Morphology and life history of Herpetomonas culicis, Novy, MacNeal and Torrey - Number 57
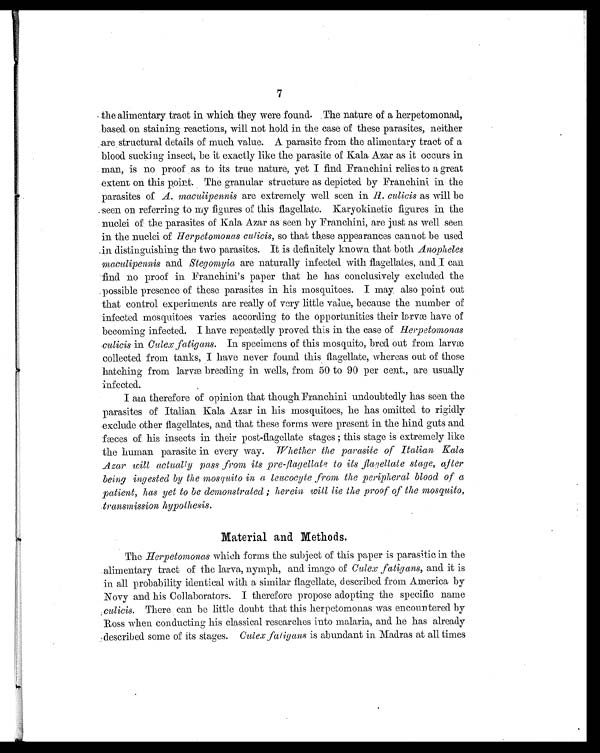
7
the alimentary, tract in which they were found. ,The nature of a herpetomonad,
based. on staining reactions, will not hold. in the case of these parasites, neither
are structural details of much value. A parasite from the alimentary tract of a
blood sucking insect, be it exactly like the parasite of Kala Azar as it occurs in
man, is no proof as to its true nature, yet I find Franchini relies to a great
extent on this point. The granular structure as depicted by Franchini in the
parasites of A. maculipennis are extremely well seen in H. culicis as will be
seen on referring to my figures of this flagellate. Karyokinetic figures in the
nuclei of the parasites of Kala Azar as seen by Franchini, are just as well seen
in the nuclei of Herpetomonas culicis, so that these appearances cannot be used.
in distinguishing the two parasites. It is definitely known that both Anopheles
maculipennis and Stegomyia are naturally infected with flagellates, and I can
find no proof in Franchini's paper that he has conclusively excluded the
possible presence of these parasites in his mosquitoes. I may, also point out
that control experiments are really of very little value, because the number of
infected mosquitoes varies according to the opportunities their larvae have of
becoming infected. I have repeatedly proved this in the case of H e r p e t o m o n a s
culicis in Culex fatigans.I n s p e c i m e n s o f t h i s m o s q u i t o , b r e d o u t f r o m l a r v æ
collected from tanks, I have never found this flagellate, whereas out of those
hatching from larvæ breeding in wells, from 50 to 90 per cent., are usually
infected.
I am therefore of opinion that though Franchini undoubtedly has seen the
parasites of Italian Kala Azar in his mosquitoes, he has omitted to rigidly
exclude other flagellates, and that these forms were present in the hind guts and
fæces of his insects in their post-flagellate stages this stage is extremely like
the human parasite in every way. Whether the parasite of Italian Kala
Azar will actually pass from its pre-flagellate to its flagellate stage, after
being ingested by the mosquito in a leucocyte from the peripheral blood of a
patient, has yet to be demonstrated ; herein will lie the proof of the mosquito,
.transmission hypothesis.
Material and. Methods.
The Herpetomonas which forms the subject of this paper is parasitic in the
.alimentary tract of the larva, nymph, and imago of Culex fatigans, and it is
in all probability identical with a similar flagellate, described from America by
Novy and his Collaborators. I therefore propose adopting the specific name
culicis. There can be little doubt that this herpetomonas was encountered by
Ross when conducting his classical researches into malaria, and he has already
described some of its stages. Culex fatigans is abundant in Madras at all times